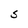
Character: S